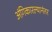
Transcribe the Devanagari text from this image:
अंगिकारल्यानंतर